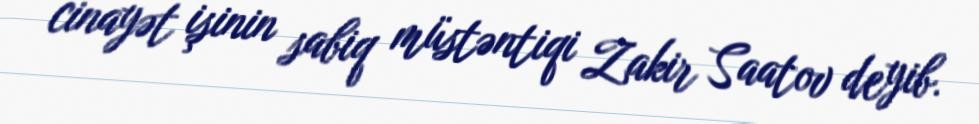
cinayət işinin sabiq müstəntiqi Zakir Saatov deyib.